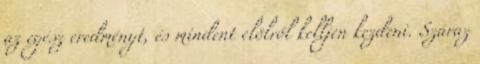
az egész eredményt, és mindent elölről kelljen kezdeni. Száraz